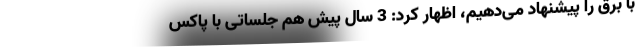
با برق را پیشنهاد می‌دهیم، اظهار کرد: 3 سال پیش هم جلساتی با پاکس